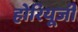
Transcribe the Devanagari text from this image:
होरियूजी